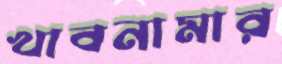
খাবনামার